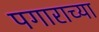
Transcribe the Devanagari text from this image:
पगाराच्या